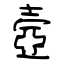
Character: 壼